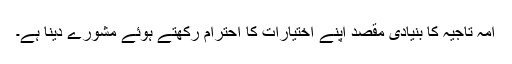
امہ تاجیہ کا بنیادی مقصد اپنے اختیارات کا احترام رکھتے ہوئے مشورے دینا ہے۔